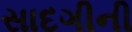
સાદગીની